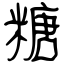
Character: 糖